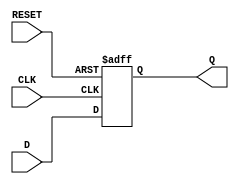
module synchronous_register (
    input wire D,        // Data input
    input wire CLK,      // Clock input
    input wire RESET,    // Synchronous reset input
    output reg Q         // Data output
);

// Always block triggered on the rising edge of the clock or the reset signal
always @(posedge CLK or posedge RESET) begin
    if (RESET) begin
        Q <= 1'b0;      // Clear the register to 0 on reset
    end else begin
        Q <= D;         // Capture the input data on the rising edge of the clock
    end
end

endmodule